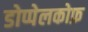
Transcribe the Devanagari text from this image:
डोप्पेलकोफ़